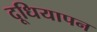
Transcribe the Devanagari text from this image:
दूधियापन